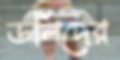
ডলিদের